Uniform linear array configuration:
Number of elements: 64
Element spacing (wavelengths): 0.75
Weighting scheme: cosine
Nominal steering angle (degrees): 30
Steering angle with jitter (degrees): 29.393
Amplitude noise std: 0.05
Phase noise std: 0.05

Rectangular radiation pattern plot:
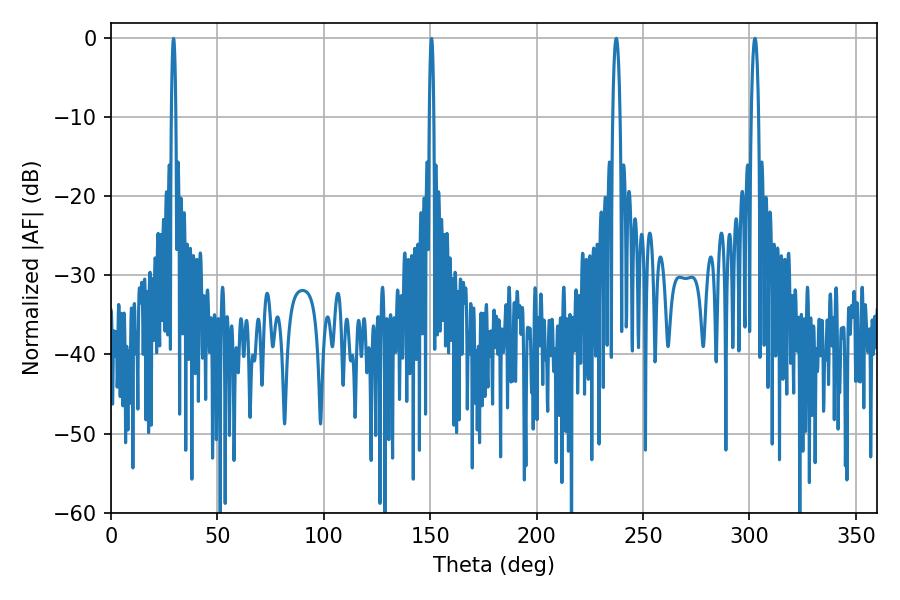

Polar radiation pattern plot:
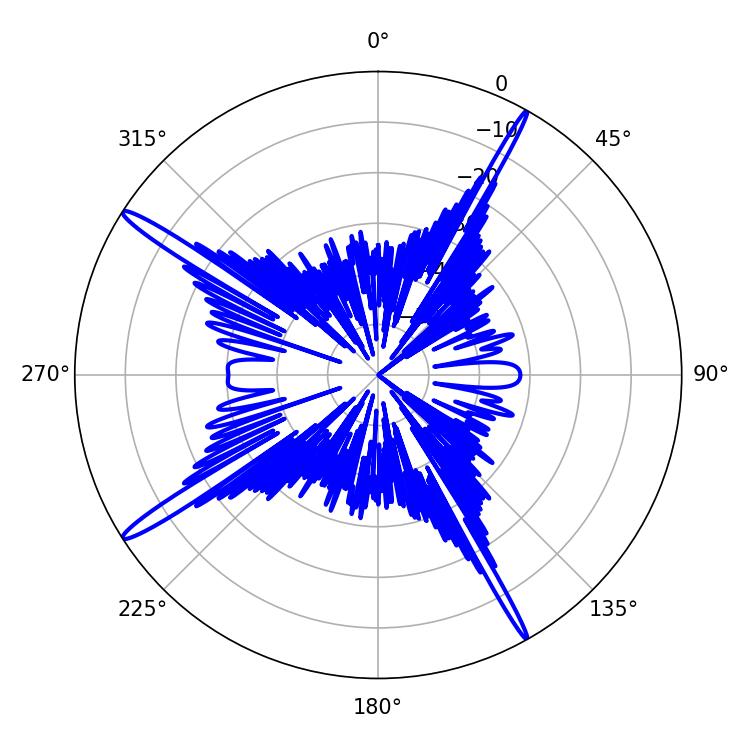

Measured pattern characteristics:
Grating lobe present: TRUE
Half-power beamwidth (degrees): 1.8
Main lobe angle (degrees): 237.42